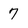
Character: 7